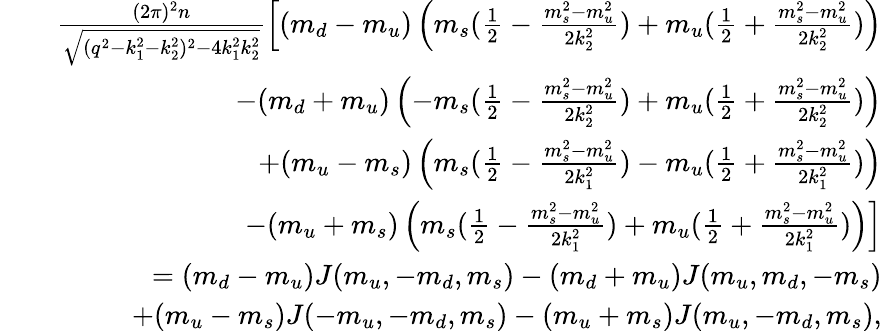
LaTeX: \begin{array}{rlr}&{}&{\frac{(2\pi)^{2}n}{\sqrt{(q^{2}-k_{1}^{2}-k_{2}^{2})^{2}-4k_{1}^{2}k_{2}^{2}}}\left[(m_{d}-m_{u})\left(m_{s}(\frac{1}{2}-\frac{m_{s}^{2}-m_{u}^{2}}{2k_{2}^{2}})+m_{u}(\frac{1}{2}+\frac{m_{s}^{2}-m_{u}^{2}}{2k_{2}^{2}})\right)\right.}\\ &{}&{\left.-(m_{d}+m_{u})\left(-m_{s}(\frac{1}{2}-\frac{m_{s}^{2}-m_{u}^{2}}{2k_{2}^{2}})+m_{u}(\frac{1}{2}+\frac{m_{s}^{2}-m_{u}^{2}}{2k_{2}^{2}})\right)\right.}\\ &{}&{\left.+(m_{u}-m_{s})\left(m_{s}(\frac{1}{2}-\frac{m_{s}^{2}-m_{u}^{2}}{2k_{1}^{2}})-m_{u}(\frac{1}{2}+\frac{m_{s}^{2}-m_{u}^{2}}{2k_{1}^{2}})\right)\right.}\\ &{}&{\left.-(m_{u}+m_{s})\left(m_{s}(\frac{1}{2}-\frac{m_{s}^{2}-m_{u}^{2}}{2k_{1}^{2}})+m_{u}(\frac{1}{2}+\frac{m_{s}^{2}-m_{u}^{2}}{2k_{1}^{2}})\right)\right]}\\ &{}&{=(m_{d}-m_{u})J(m_{u},-m_{d},m_{s})-(m_{d}+m_{u})J(m_{u},m_{d},-m_{s})}\\ &{}&{+(m_{u}-m_{s})J(-m_{u},-m_{d},m_{s})-(m_{u}+m_{s})J(m_{u},-m_{d},m_{s}),}\end{array}